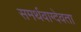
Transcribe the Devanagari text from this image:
समर्थवाग्देवता